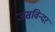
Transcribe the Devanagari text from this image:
जसविन्दर